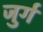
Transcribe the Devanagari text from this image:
जुर्ग